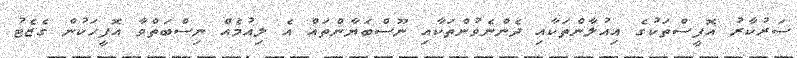
ސަރުކާރު އޮފީސްތަކުގެ އިއުލާންތަކާއި ދެންނެވުންތަކާއި ނޫސްބަޔާންތައް އެ ލިއުމެއް ނިސްބަތްވާ އޮފީހަކުން ގެޒެޓު